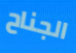
الجناح